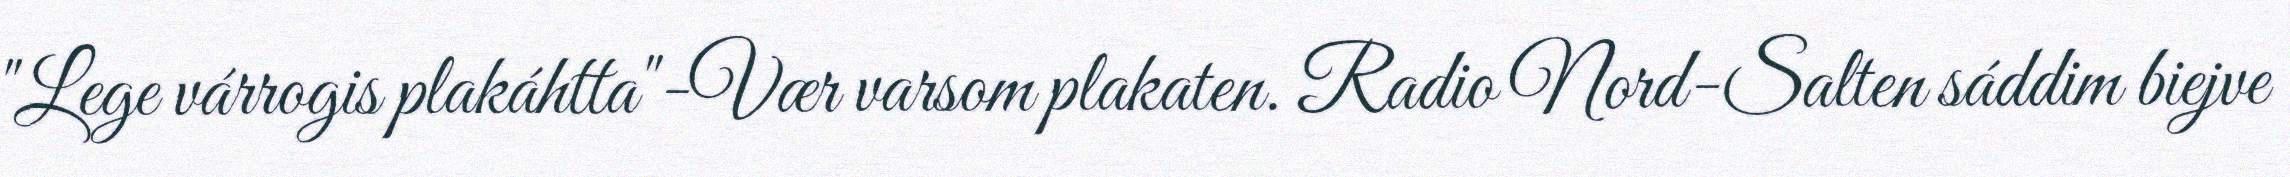
"Lege várrogis plakáhtta"-Vær varsom plakaten. Radio Nord-Salten sáddim biejve